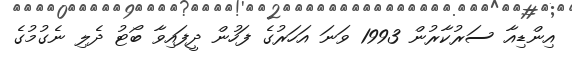
އިންޑިއާ ސަރުކާރުން 1993 ވަނަ އަހަރުގެ ފަހުން ދީފައިވާ ބޯޓު ދެލި ނެގުމުގެ